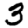
Digit: 3